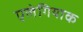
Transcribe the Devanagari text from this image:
एलेगियाक